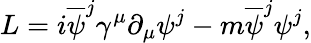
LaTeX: L=i\overline{{{\psi}}}^{j}{\gamma}^{\mu}\partial_{\mu}{\psi}^{j}-m\overline{{{\psi}}}^{j}{\psi}^{j},